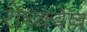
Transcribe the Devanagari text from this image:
रोच्क्वेल्ल